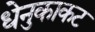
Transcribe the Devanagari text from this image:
धेनुकाकट